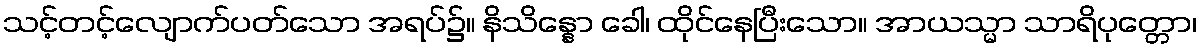
သင့်တင့်လျောက်ပတ်သော အရပ်၌။ နိသိန္နော ခေါ၊ ထိုင်နေပြီးသော။ အာယသ္မာ သာရိပုတ္တော၊